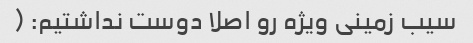
سیب زمینی ویژه رو اصلا دوست نداشتیم: (